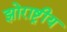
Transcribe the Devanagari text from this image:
झोराष्ट्रीय